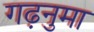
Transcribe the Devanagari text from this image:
गढ़नुमा